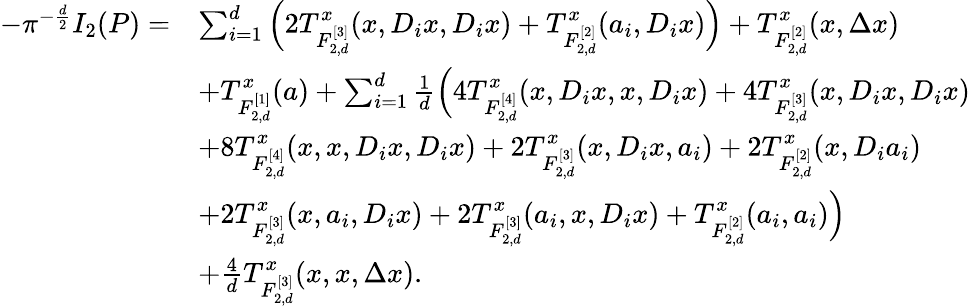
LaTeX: \begin{array}{rl}{-\pi^{-\frac{d}{2}}I_{2}(P)=}&{\sum_{i=1}^{d}\Big(2T_{F_{2,d}^{[3]}}^{x}(x,D_{i}x,D_{i}x)+T_{F_{2,d}^{[2]}}^{x}(a_{i},D_{i}x)\Big)+T_{F_{2,d}^{[2]}}^{x}(x,\Delta x)}\\ &{+T_{F_{2,d}^{[1]}}^{x}(a)+\sum_{i=1}^{d}\frac{1}{d}\Big(4T_{F_{2,d}^{[4]}}^{x}(x,D_{i}x,x,D_{i}x)+4T_{F_{2,d}^{[3]}}^{x}(x,D_{i}x,D_{i}x)}\\ &{+8T_{F_{2,d}^{[4]}}^{x}(x,x,D_{i}x,D_{i}x)+2T_{F_{2,d}^{[3]}}^{x}(x,D_{i}x,a_{i})+2T_{F_{2,d}^{[2]}}^{x}(x,D_{i}a_{i})}\\ &{+2T_{F_{2,d}^{[3]}}^{x}(x,a_{i},D_{i}x)+2T_{F_{2,d}^{[3]}}^{x}(a_{i},x,D_{i}x)+T_{F_{2,d}^{[2]}}^{x}(a_{i},a_{i})\Big)}\\ &{+\frac{4}{d}T_{F_{2,d}^{[3]}}^{x}(x,x,\Delta x).}\end{array}